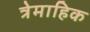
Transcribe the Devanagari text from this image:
त्रेमाहिक